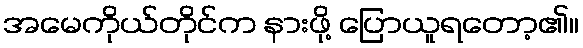
အမေကိုယ်တိုင်က နားဖို့ ပြောယူရတော့၏။